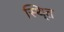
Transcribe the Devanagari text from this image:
स्थि्त